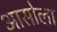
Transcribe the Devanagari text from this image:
आसोला